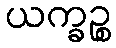
ယက္ခဉ္စ